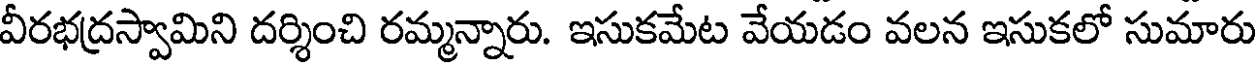
వీరభద్రస్వామిని దర్శించి రమ్మన్నారు. ఇసుకమేట వేయడం వలన ఇసుకలో సుమారు